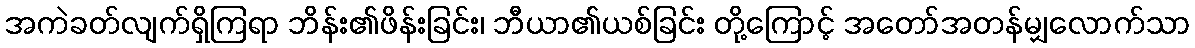
အကဲခတ်လျက်ရှိကြရာ ဘိန်း၏ဖိန်းခြင်း၊ ဘီယာ၏ယစ်ခြင်း တို့ကြောင့် အတော်အတန်မျှလောက်သာ